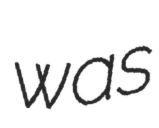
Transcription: was